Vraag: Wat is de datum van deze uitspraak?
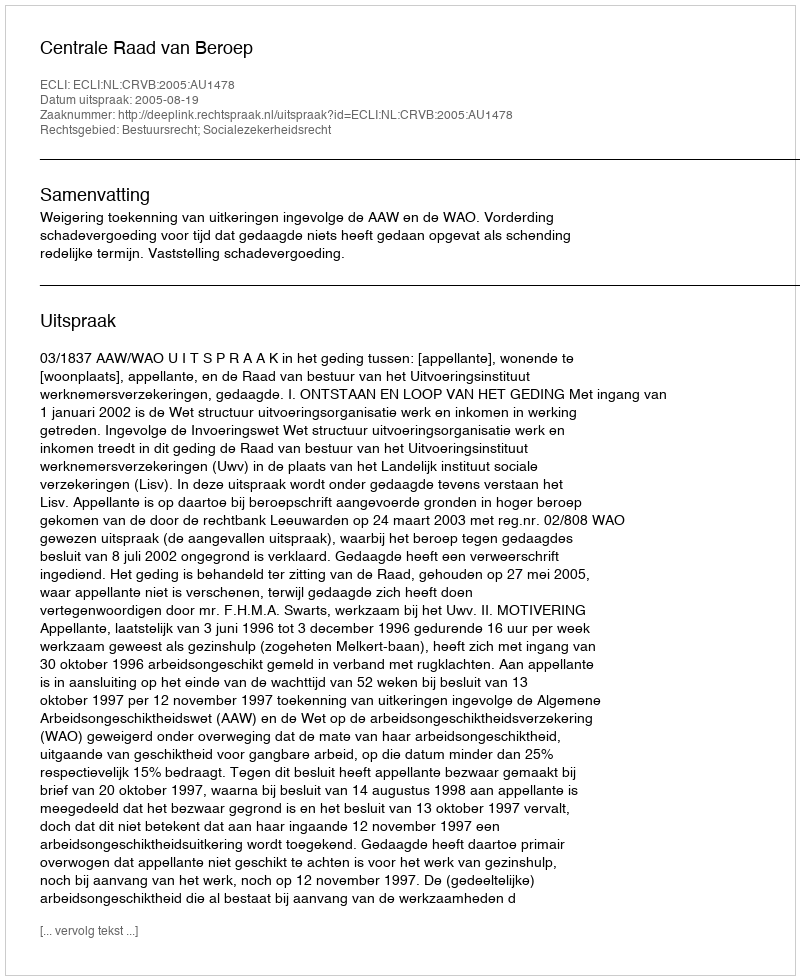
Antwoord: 2005-08-19